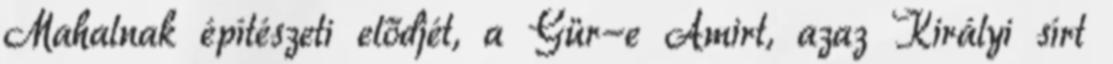
Mahalnak építészeti elődjét, a Gür-e Amirt, azaz Királyi sírt